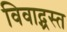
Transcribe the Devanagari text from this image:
विवाद्ग्रस्त